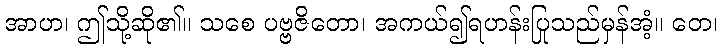
အာဟ၊ ဤသို့ဆို၏။ သစေ ပဗ္ဗဇိတော၊ အကယ်၍ရဟန်းပြုသည်မှန်အံ့။ တေ၊